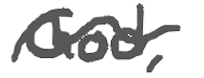
Text: God,
Cross-out: mix
Writing tool: digital_gray